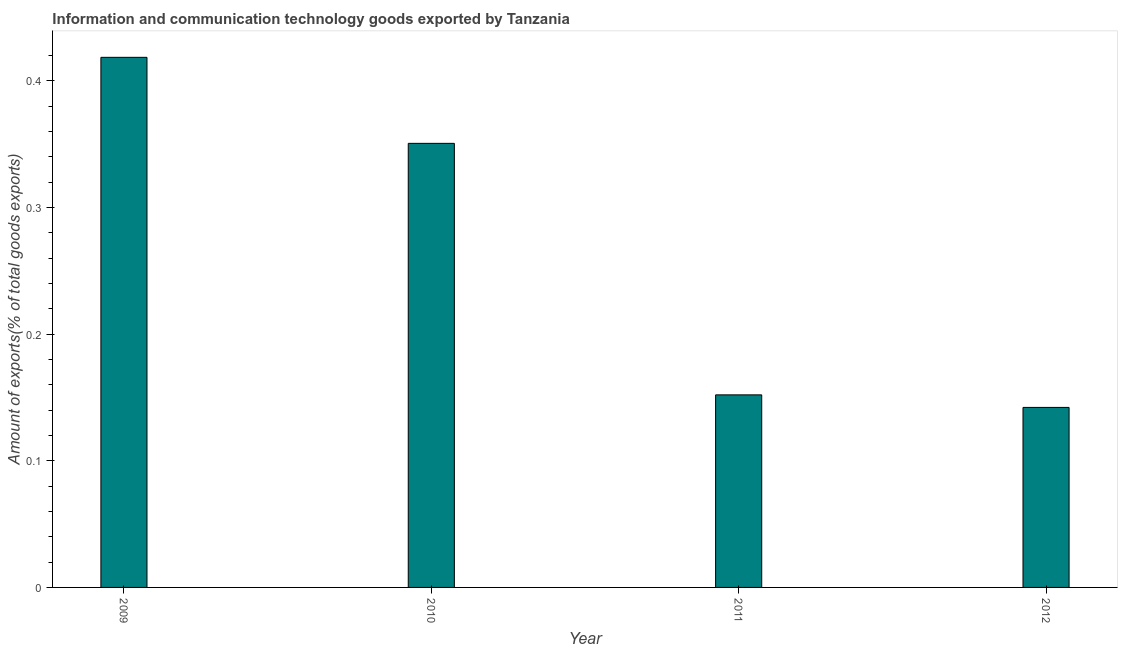
| Year | ICT goods exports |
 | --- | --- |
 | 2009 | 0.419 |
 | 2010 | 0.351 |
 | 2011 | 0.152 |
 | 2012 | 0.142 |